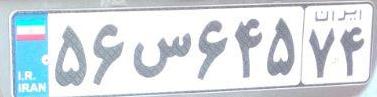
۵۶س۶۴۵۷۴